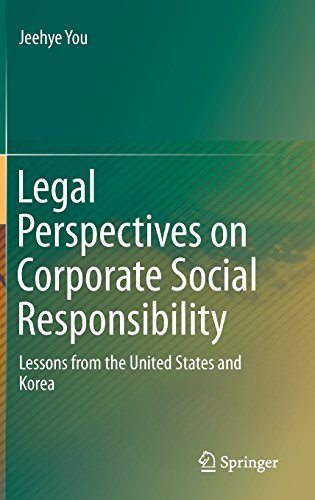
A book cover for Legal Perspectives on Corporate Social Responsibility: Lessons from the United States and Korea; Jeehye You; Business & Money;